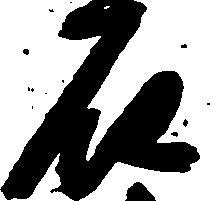
石